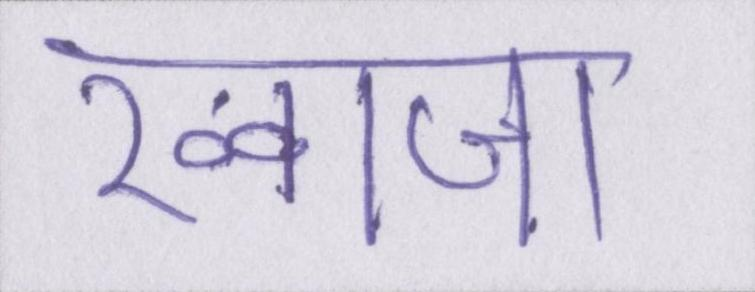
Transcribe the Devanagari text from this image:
ख्वाजा